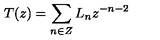
T ( z ) = \sum _ { n \in Z } L _ { n } z ^ { - n - 2 }